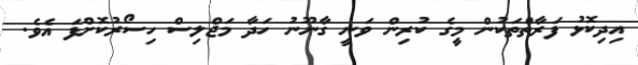
އިދިކޮޅު ފަރާތްތަކުން މީގެ ކުރިން ވަނީ ގާނޫނު ހަދާ މަޖްލިސް ހިސޯރުކޮށްފަ އެވެ.